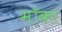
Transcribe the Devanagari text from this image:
मॉका